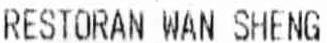
RESTORAN WAN SHENG